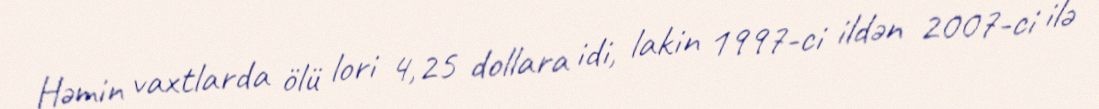
Həmin vaxtlarda ölü lori 4,25 dollara idi, lakin 1997-ci ildən 2007-ci ilə